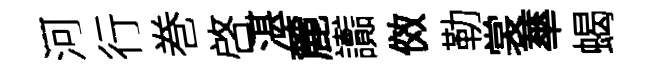
河行巻啓湛麓讟傚勒裳蕐蝎